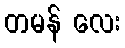
တမန် လေး